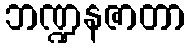
ဘဏ္ဍနဇာတာ